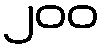
၂၀၀